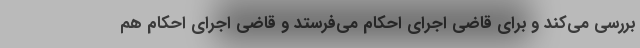
بررسی می‌کند و برای قاضی اجرای احکام می‌فرستد و قاضی اجرای احکام هم